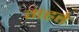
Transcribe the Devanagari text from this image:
गहते